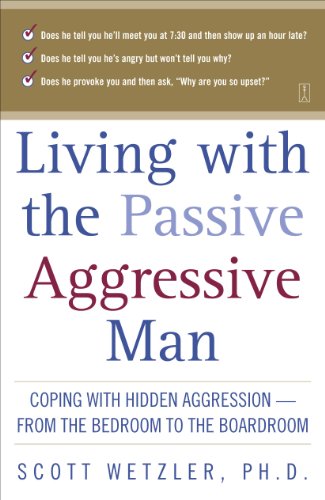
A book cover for Living with the Passive-Aggressive Man:  Coping with Hidden Aggression - From the Bedroom to the Boardroom; Scott Wetzler; Parenting & Relationships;